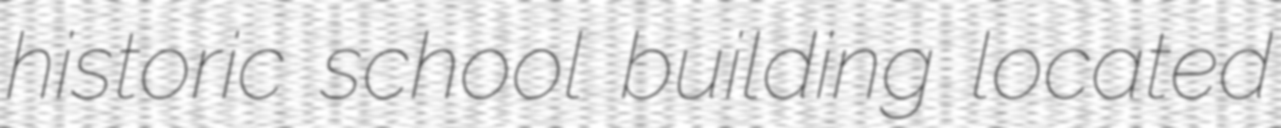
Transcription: historic school building located